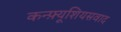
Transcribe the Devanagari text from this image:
कन्फ़्यूशियसवाद